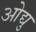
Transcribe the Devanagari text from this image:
ओद्यु